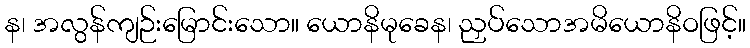
န၊ အလွန်ကျဉ်းမြောင်းသော။ ယောနိမုခေန၊ ညှပ်သောအမိယောနိဝဖြင့်။